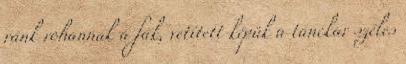
ránk rohannak a fák, vetített képük a tánckar széles